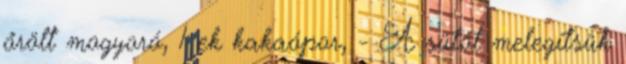
őrölt mogyoró, 1 ek kakaópor, - A sütőt melegítsük